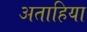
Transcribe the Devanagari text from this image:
अताहिया